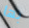
بها